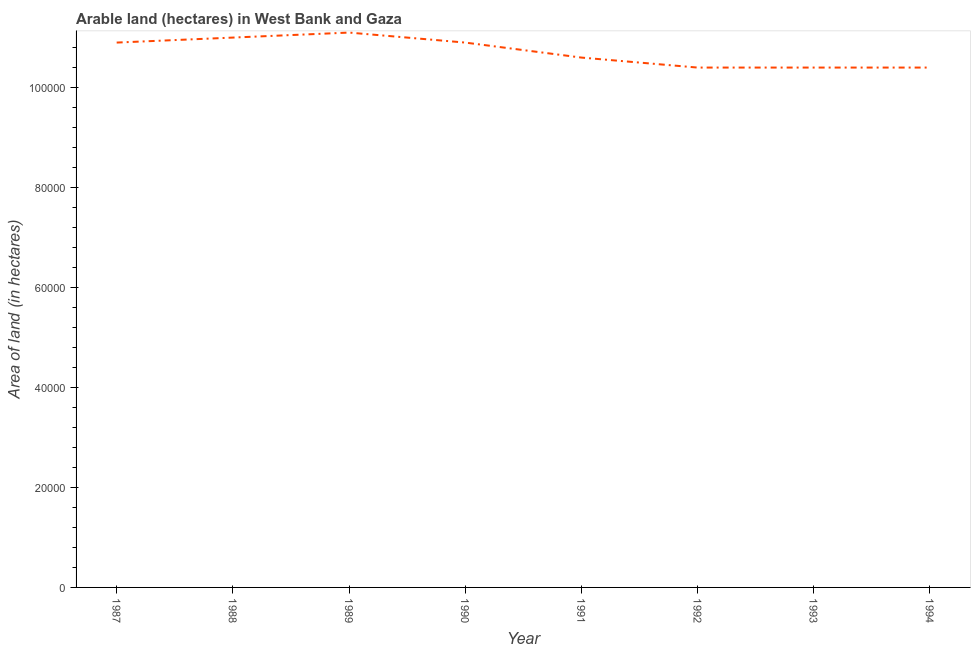
| Year | Area of land |
 | --- | --- |
 | 1987 | 1.09e+05 |
 | 1988 | 1.1e+05 |
 | 1989 | 1.11e+05 |
 | 1990 | 1.09e+05 |
 | 1991 | 1.06e+05 |
 | 1992 | 1.04e+05 |
 | 1993 | 1.04e+05 |
 | 1994 | 1.04e+05 |